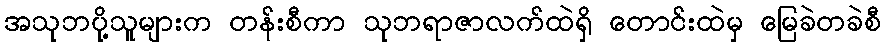
အသုဘပို့သူများက တန်းစီကာ သုဘရာဇာလက်ထဲရှိ တောင်းထဲမှ မြေခဲတခဲစီ